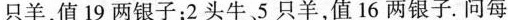
只羊，值19两银子；2头牛5只羊，值16两银子。问每